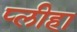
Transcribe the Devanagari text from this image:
प्‍लीहा